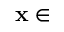
\mathbf { x \in }